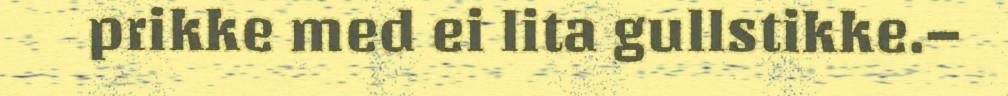
prikke med ei lita gullstikke.–